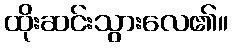
ထိုးဆင်းသွားလေ၏။